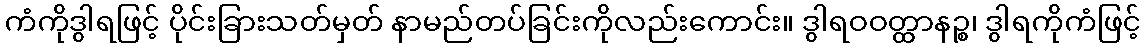
ကံကိုဒွါရဖြင့် ပိုင်းခြားသတ်မှတ် နာမည်တပ်ခြင်းကိုလည်းကောင်း။ ဒွါရဝဝတ္ထာနဉ္စ၊ ဒွါရကိုကံဖြင့်